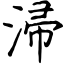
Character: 㴆